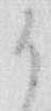
御